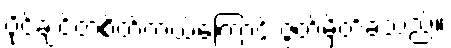
ပိုင်ချင်တဲ့စိတ်ကယ်ကြောင့် ဇွတ်မှိတ်ခဲ့သည်။